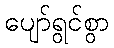
ပျော်ရွင်စွာ